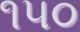
૧૫૦